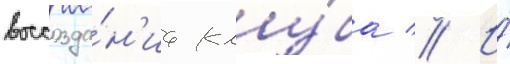
воссозда́н'иа клу́ба // И́